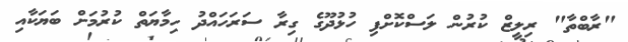
"ރާބްތާ" ރިލީޒް ކުރުން ލަސްކޮށްފި ހުޅުދޫގެ ގިރާ ސަރަހައްދު ހިމާޔަތް ކުރުމަށް ބަޔަކާއި